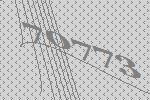
70773